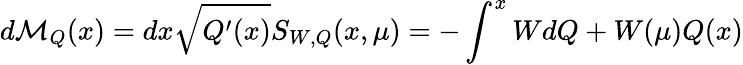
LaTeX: d{\cal M}_{Q}(x)=dx\sqrt{Q^{\prime}(x)}S_{W,Q}(x,\mu)=-\int_{}^{x}{WdQ}+W(\mu)Q(x)